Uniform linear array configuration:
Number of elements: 8
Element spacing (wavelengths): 0.25
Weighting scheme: cosine
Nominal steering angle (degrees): -45
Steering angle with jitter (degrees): -43.777
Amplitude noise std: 0.05
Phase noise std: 0.05

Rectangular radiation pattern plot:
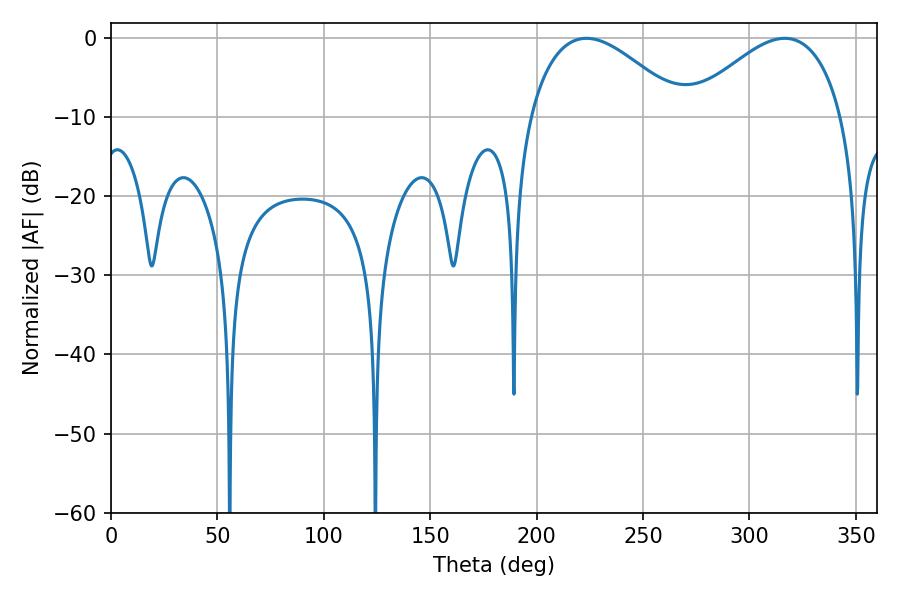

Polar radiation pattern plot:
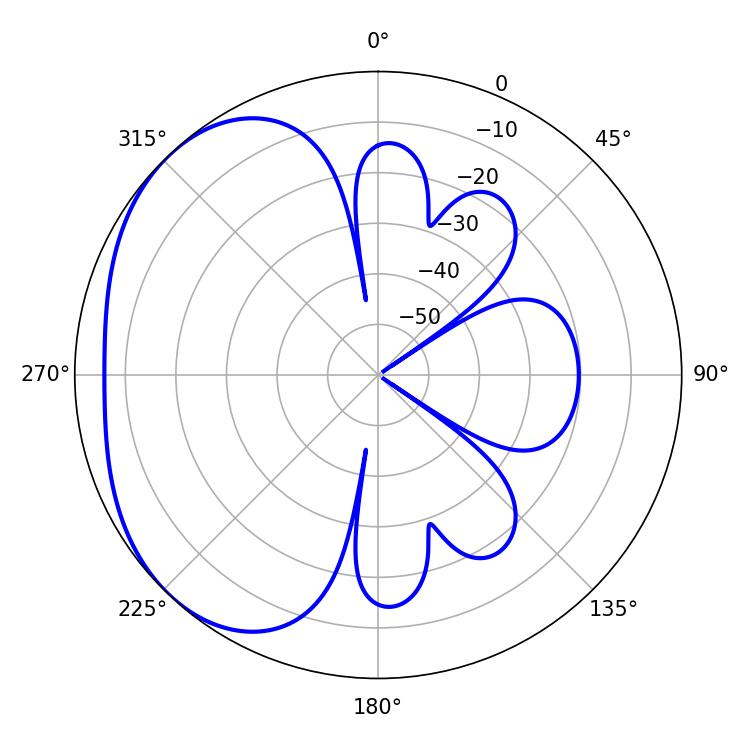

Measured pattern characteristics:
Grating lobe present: FALSE
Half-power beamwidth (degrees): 39.6
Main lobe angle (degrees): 223.38